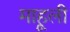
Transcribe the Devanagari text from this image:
माहूली